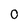
Character: 0